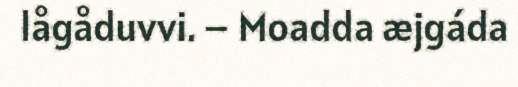
lågåduvvi. – Moadda æjgáda